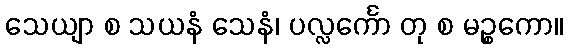
သေယျာ စ သယနံ သေနံ၊ ပလ္လင်္ကော တု စ မဉ္စကော။